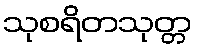
သုစရိတသုတ္တ